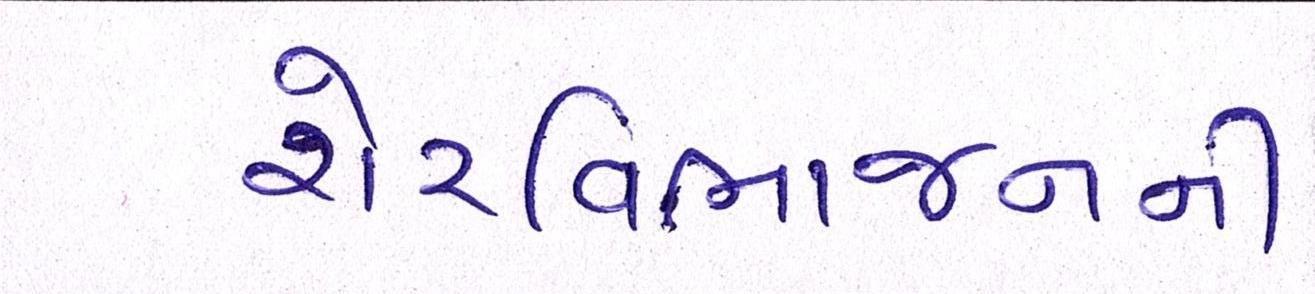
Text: શેરવિભાજનની